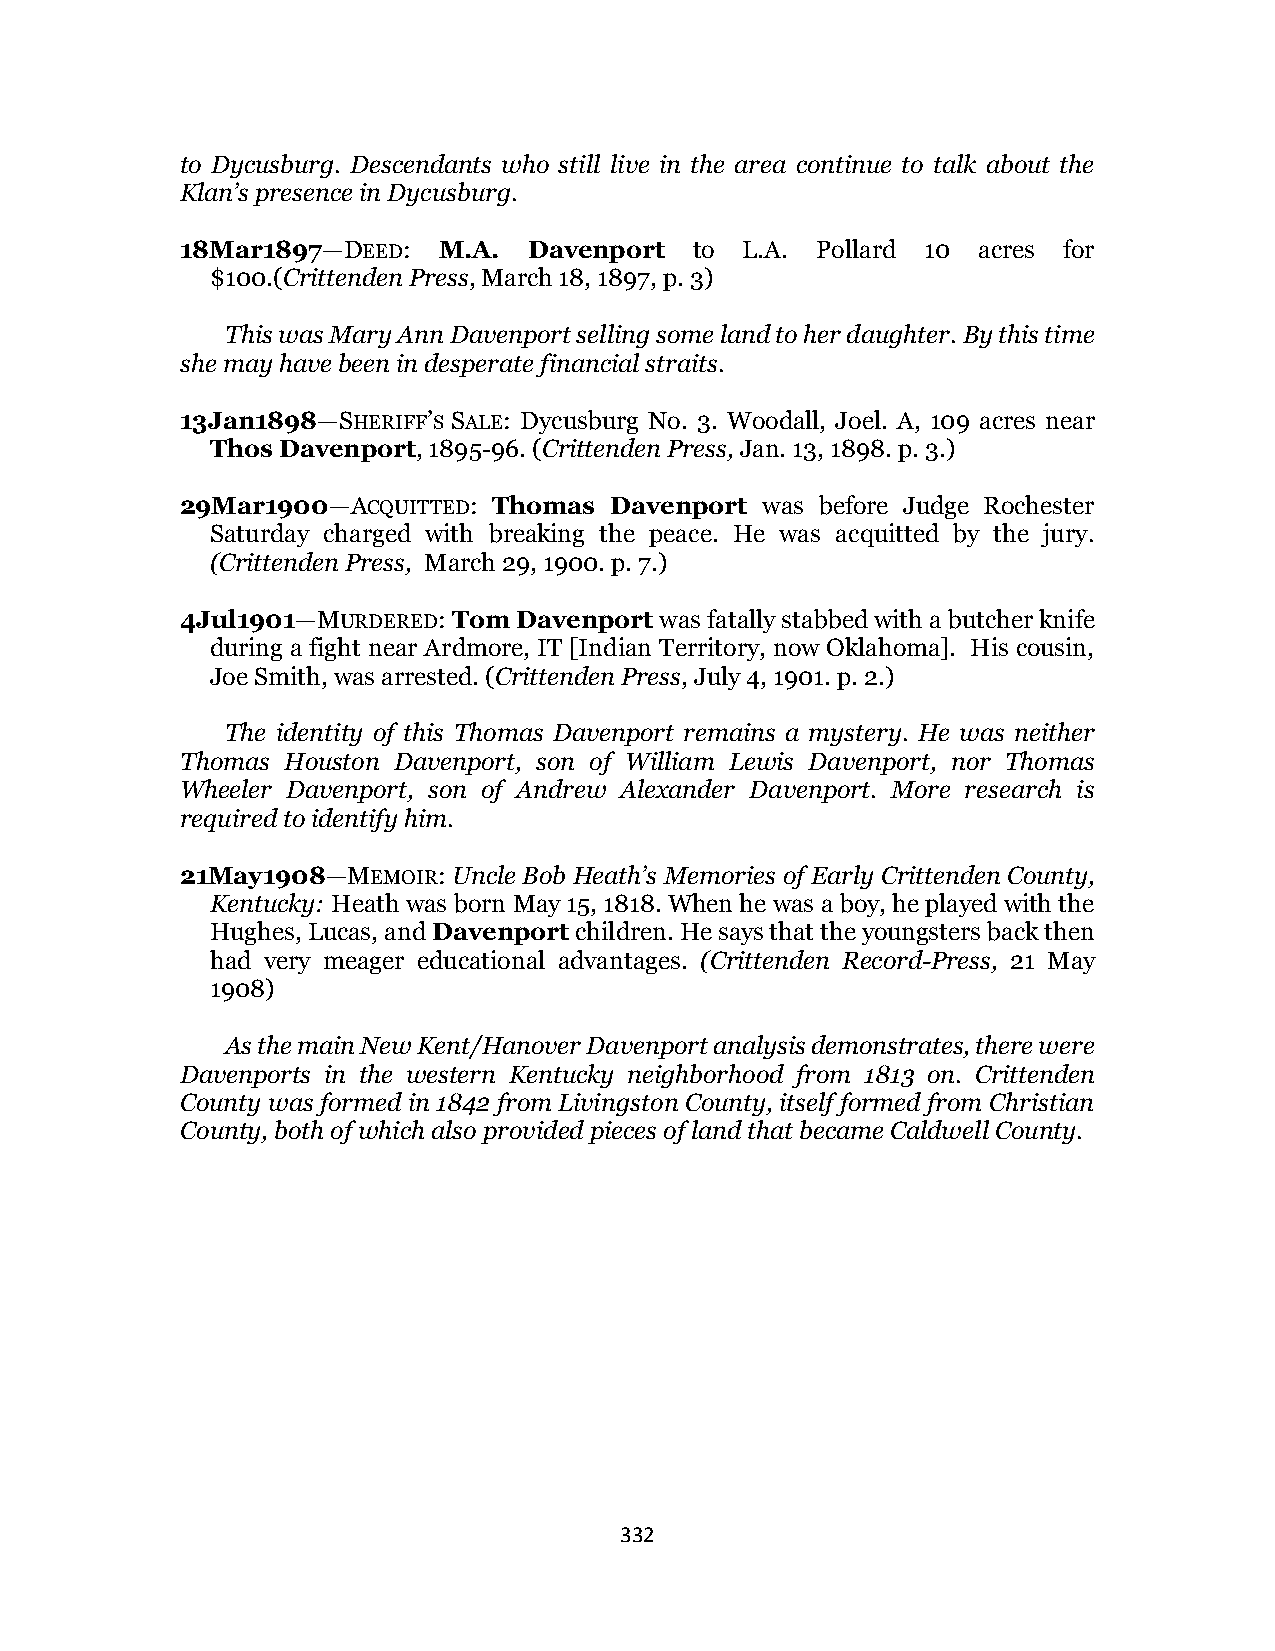
to Dycusburg. Descendants who still live in the area continue to talk about the
 Klan’s presence in Dycusburg.
 18Mar1897—DEED:  M.A.  Davenport  to L.A. Pollard 10 acres for
 $100.(Crittenden Press, March 18, 1897, p. 3)
 This was Mary Ann Davenport selling some land to her daughter. By this time
 she may have been in desperate financial straits.
 13Jan1898—SHERIFF’S SALE: Dycusburg No. 3. Woodall, Joel. A, 109 acres near
 Thos Davenport, 1895-96. (Crittenden Press, Jan. 13, 1898. p. 3.)
 29Mar1900—ACQUITTED: Thomas Davenport was before Judge Rochester
 Saturday charged with breaking the peace. He was acquitted by the jury.
 (Crittenden Press, March 29, 1900. p. 7.)
 4Jul1901—MURDERED: Tom Davenport was fatally stabbed with a butcher knife
 during a fight near Ardmore, IT [Indian Territory, now Oklahoma]. His cousin,
 Joe Smith, was arrested. (Crittenden Press, July 4, 1901. p. 2.)
 The identity of this Thomas Davenport remains a mystery. He was neither
 Thomas Houston Davenport, son of William Lewis Davenport, nor Thomas
 Wheeler Davenport, son of Andrew Alexander Davenport. More research is
 required to identify him.
 21May1908—MEMOIR: Uncle Bob Heath’s Memories of Early Crittenden County,
 Kentucky: Heath was born May 15, 1818. When he was a boy, he played with the
 Hughes, Lucas, and Davenport children. He says that the youngsters back then
 had very meager educational advantages. (Crittenden Record-Press, 21 May
 1908)
 As the main New Kent/Hanover Davenport analysis demonstrates, there were
 Davenports in the western Kentucky neighborhood from 1813 on. Crittenden
 County was formed in 1842 from Livingston County, itself formed from Christian
 County, both of which also provided pieces of land that became Caldwell County.
 332